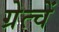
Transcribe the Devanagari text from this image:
ग्रेत्चें